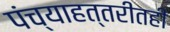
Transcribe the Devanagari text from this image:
पंच्याहत्तरीतही